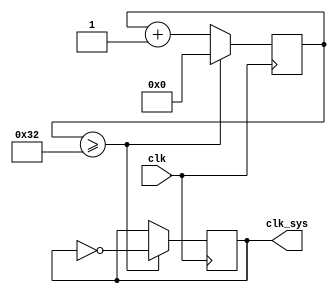
`timescale 1ns / 1ps

module clock_div(
input clk,
output reg clk_sys = 0 
);
reg [25:0] div_counter = 0;
always @(posedge clk) begin
if(div_counter>=50) begin 
clk_sys <= ~clk_sys;
div_counter <= 0;
end else begin
div_counter <= div_counter + 1;
end
end
endmodule